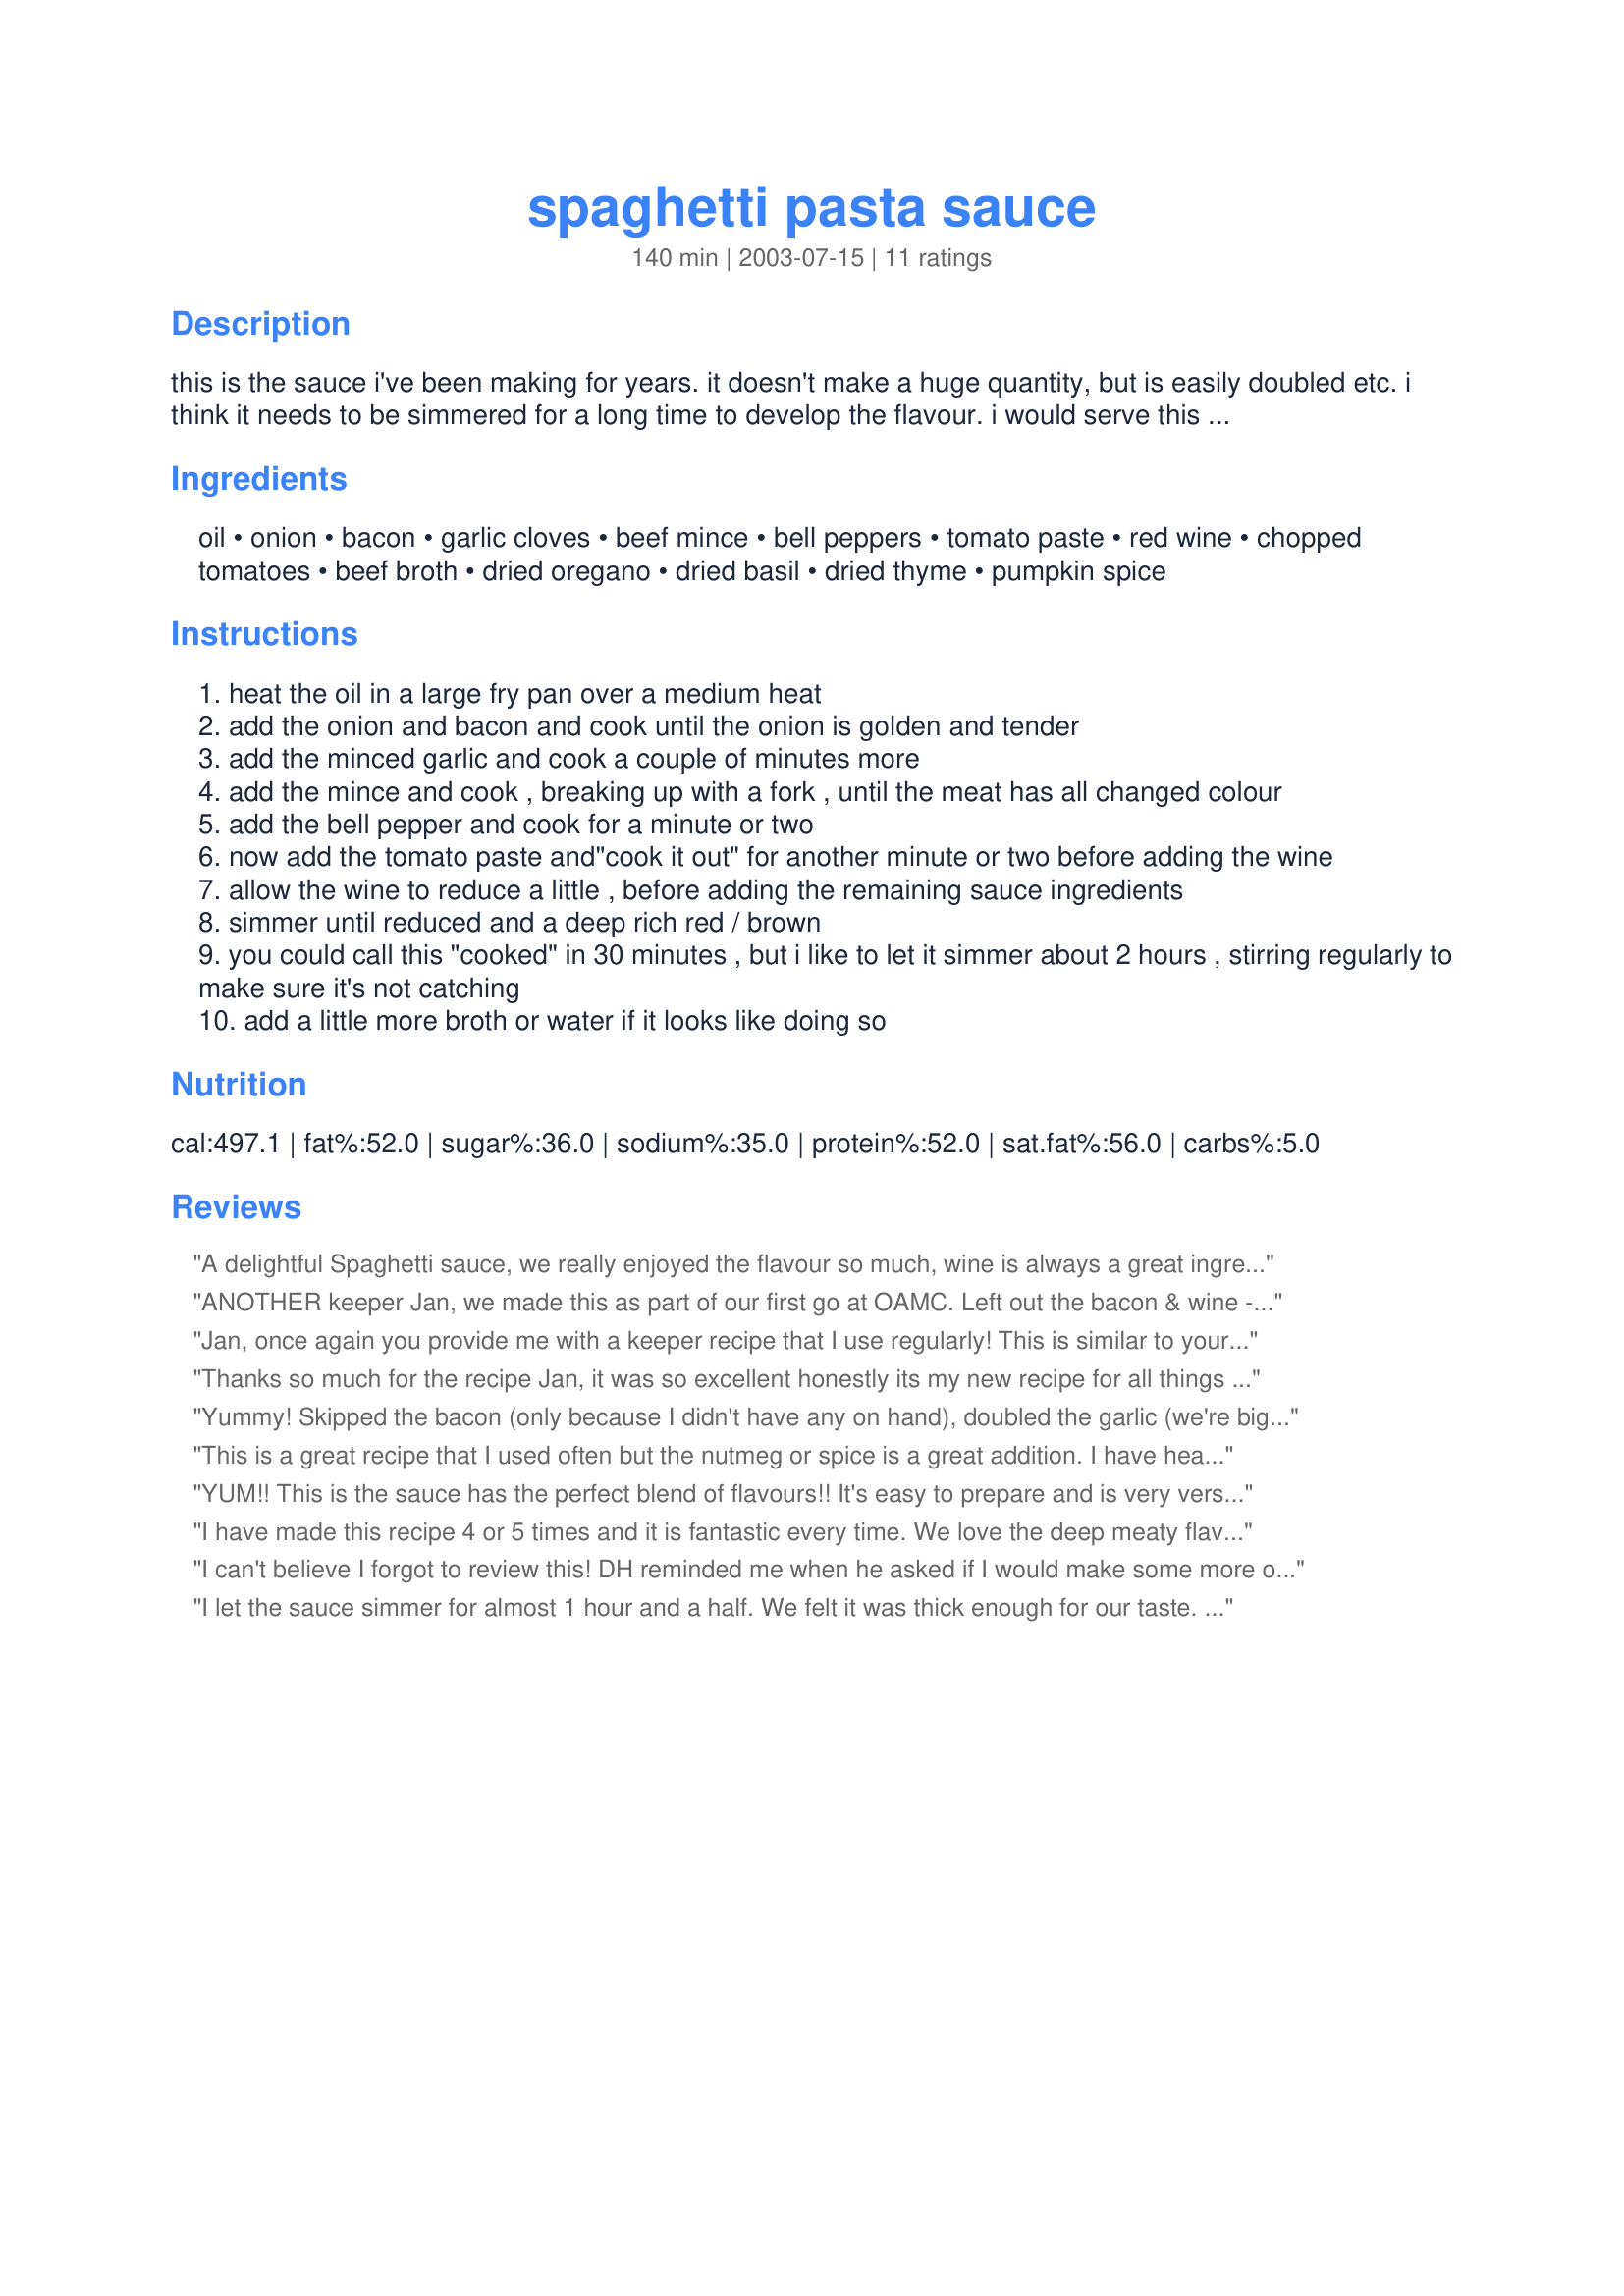
spaghetti pasta sauce
Preparation time: 140 minutes

this is the sauce i've been making for years. it doesn't make a huge quantity, but is easily doubled etc. i think it needs to be simmered for a long time to develop the flavour. i would serve this over any pasta or spaghetti shapes i have on hand and i also use this in my lasagnas. feel free to add sautéed mushrooms, celery or a little grated carrot if you wish. i do sometimes, but find we like this simple recipe the best.

Ingredients:
oil, onion, bacon, garlic cloves, beef mince, bell peppers, tomato paste, red wine, chopped tomatoes, beef broth, dried oregano, dried basil, dried thyme, pumpkin spice

Steps:
heat the oil in a large fry pan over a medium heat
add the onion and bacon and cook until the onion is golden and tender
add the minced garlic and cook a couple of minutes more
add the mince and cook , breaking up with a fork , until the meat has all changed colour
add the bell pepper and cook for a minute or two
now add the tomato paste and"cook it out" for another minute or two before adding the wine
allow the wine to reduce a little , before adding the remaining sauce ingredients
simmer until reduced and a deep rich red / brown
you could call this "cooked" in 30 minutes , but i like to let it simmer about 2 hours , stirring regularly to make sure it's not catching
add a little more broth or water if it looks like doing so

Reviews:
A delightful Spaghetti sauce, we really enjoyed the flavour so much, wine is always a great ingredient and we are then able to enjoy the rest of the bottle with our dinner.<br/><br/>I did not have any thyme in the pantry so added some Italian seasoning in place of it. absolutely on our list to make again, thanks so much Jan
ANOTHER keeper Jan, we made this as part of our first go at OAMC. Left out the bacon & wine - Mark's choice & added celery & carrot coz we had it to use up. After a small taste, we packaged up the rest into containers for the freezer. Next time I'm doubling or even tripling this one. FYI, we simmered for about 3 hours.
Jan, once again you provide me with a keeper recipe that I use regularly! This is similar to your Pasta Bake recipe (which I make every week without fail!), today, however, I am making lasagne. The only thing I do different is omit the bell peppers simply because I don't like them, I tend to be heavy handed with the herbs to make up for it ;) Also, I only add the red wine when I have it. Anyway, I love this recipe - very versatile & I like that you can have it in 30 minutes OR 2 hours depending on how much time one has on one's hands. I am returning to work soon & plan on making this up on Sundays to freeze for use through the week. You know what else? I have NEVER bought preservative-laden pasta sauce in a jar since coming across this recipe (& your Pasta Bake recipe) - so thanks Jan :) You're a legend!
Thanks so much for the recipe Jan, it was so excellent honestly its my new recipe for all things delicious. I have not read all the reviews but could you recommend the red wine you use because I want to do exactly what you did next time.. Its probably been asked before but please let me know. Thanks ever so much.
Yummy! Skipped the bacon (only because I didn't have any on hand), doubled the garlic (we're big fans), & added red peppers (as always). Had enough sauce for 2 meals & lots of leftovers for lunches. Thanks for posting!
This is a great recipe that I used often but the nutmeg or spice is a great addition. I have heard of cinnamon being used and I have read it is a Greek addition. My mom used to put it in her sauce once in awhile. Thanks for posting!
YUM!! This is the sauce has the perfect blend of flavours!! It's easy to prepare and is very versitile. Thanks for sharing Jan....I'll be using this one often!
I have made this recipe 4 or 5 times and it is fantastic every time. We love the deep meaty flavor from the beef broth. It is always good with more peppers and red wine. Love it!
I can't believe I forgot to review this! DH reminded me when he asked if I would make some more of "that spaghetti sauce" again soon. From a gut who rarely asks for anything & contentedly eats what is placed in fron of him without much ado! Anyway the bacon adds a lovely hard to characterize richness & the texure of the sauce is ideal for spagheti. We had enough for lunch the next day with more pasta & it was even better! I did add 1/2 teaspoon of fennel seed - am compelled to do this with tomato sauce & enjoyed seeing you list the 2 secret ingredients given to me years ago when I was a sweet young thing learning to cook in Montana by a spry octagenerian Italian neighbor - mace & nutmeg! Will make this again - double batch & freeze for when I am on contract & have no time to cook. Thank you for posting, Jan!
errr...amend "gut" in the above to "guy" so DH won't be offended LOL!
I let the sauce simmer for almost 1 hour and a half. We felt it was thick enough for our taste. I used a very small red bell peppers. The red wine gives a great taste. Me and DH always like red wine in spaghetti sauce. Great mix of spices. I had to use a can of tomato puree. I didn't have diced tomatoes. I'm sure it would be better with diced tomatoes. I'll try another time. But even like that, it's really good. Thanks Jan :) Made for MakeMyRecipe tag game
Jan this is a great recipe. The flavour from the bacon is really lovely. Next time I will omit the thyme though as I'm not really a big fan. Thanks for posting a keeper.
